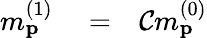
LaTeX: \begin{array}{rlr}{m_{\mathbf{p}}^{(1)}}&{{}=}&{{\cal C}m_{\mathbf{p}}^{(0)}}\end{array}